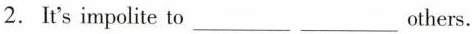
2. It's impolite to___ ___others.